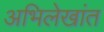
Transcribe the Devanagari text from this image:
अभिलेखांत